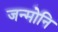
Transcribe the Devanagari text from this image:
जन्मोनि